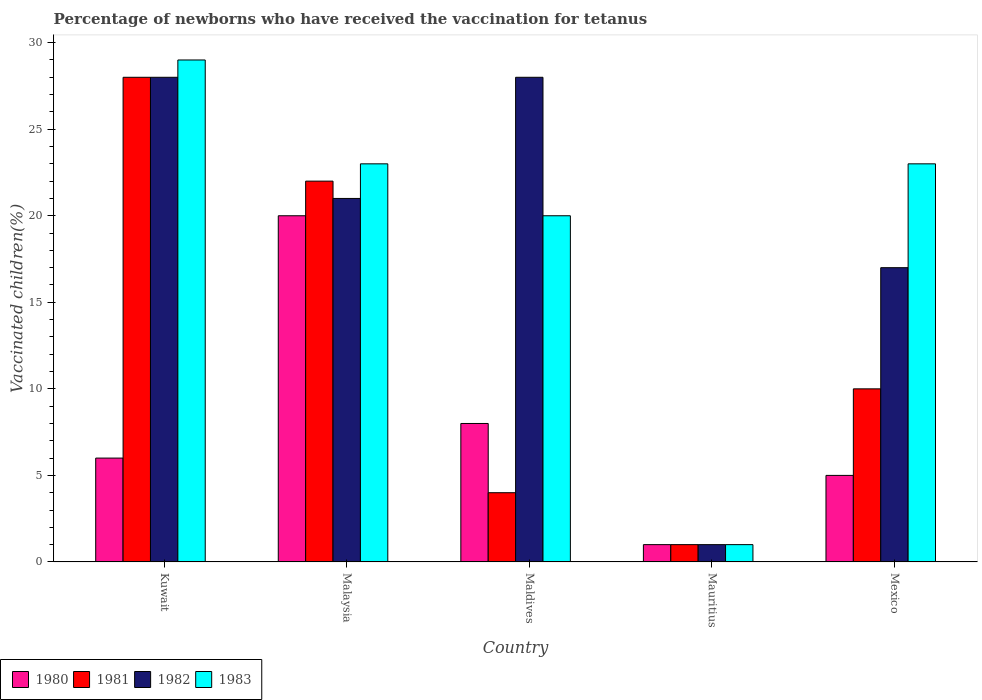
| Country | 1980 | 1981 | 1982 | 1983 |
 | --- | --- | --- | --- | --- |
 | Kuwait | 6 | 28 | 28 | 29 |
 | Malaysia | 20 | 22 | 21 | 23 |
 | Maldives | 8 | 4 | 28 | 20 |
 | Mauritius | 1 | 1 | 1 | 1 |
 | Mexico | 5 | 10 | 17 | 23 |